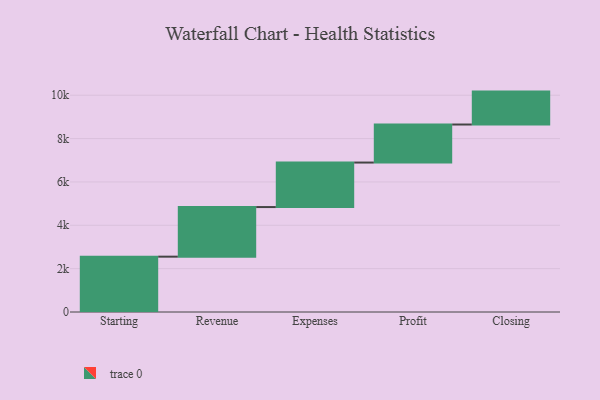
{"axis": {"x": "Step", "y": "Value"}, "legend": [""], "data": [{"x": "Starting", "y": 2553.0, "type": ""}, {"x": "Revenue", "y": 2288.0, "type": ""}, {"x": "Expenses", "y": 2053.0, "type": ""}, {"x": "Profit", "y": 1755.0, "type": ""}, {"x": "Closing", "y": 1518.0, "type": ""}]}